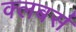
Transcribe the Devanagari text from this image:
क्लबर्स